Bréfritari: Sigríður Pálsdóttir
Viðtakandi: Páll Pálsson
Dagsetning: A-1868-07-05
Skrifað á: Breiðabólsstað  Rang.
Páll var bróðir Sigríðar

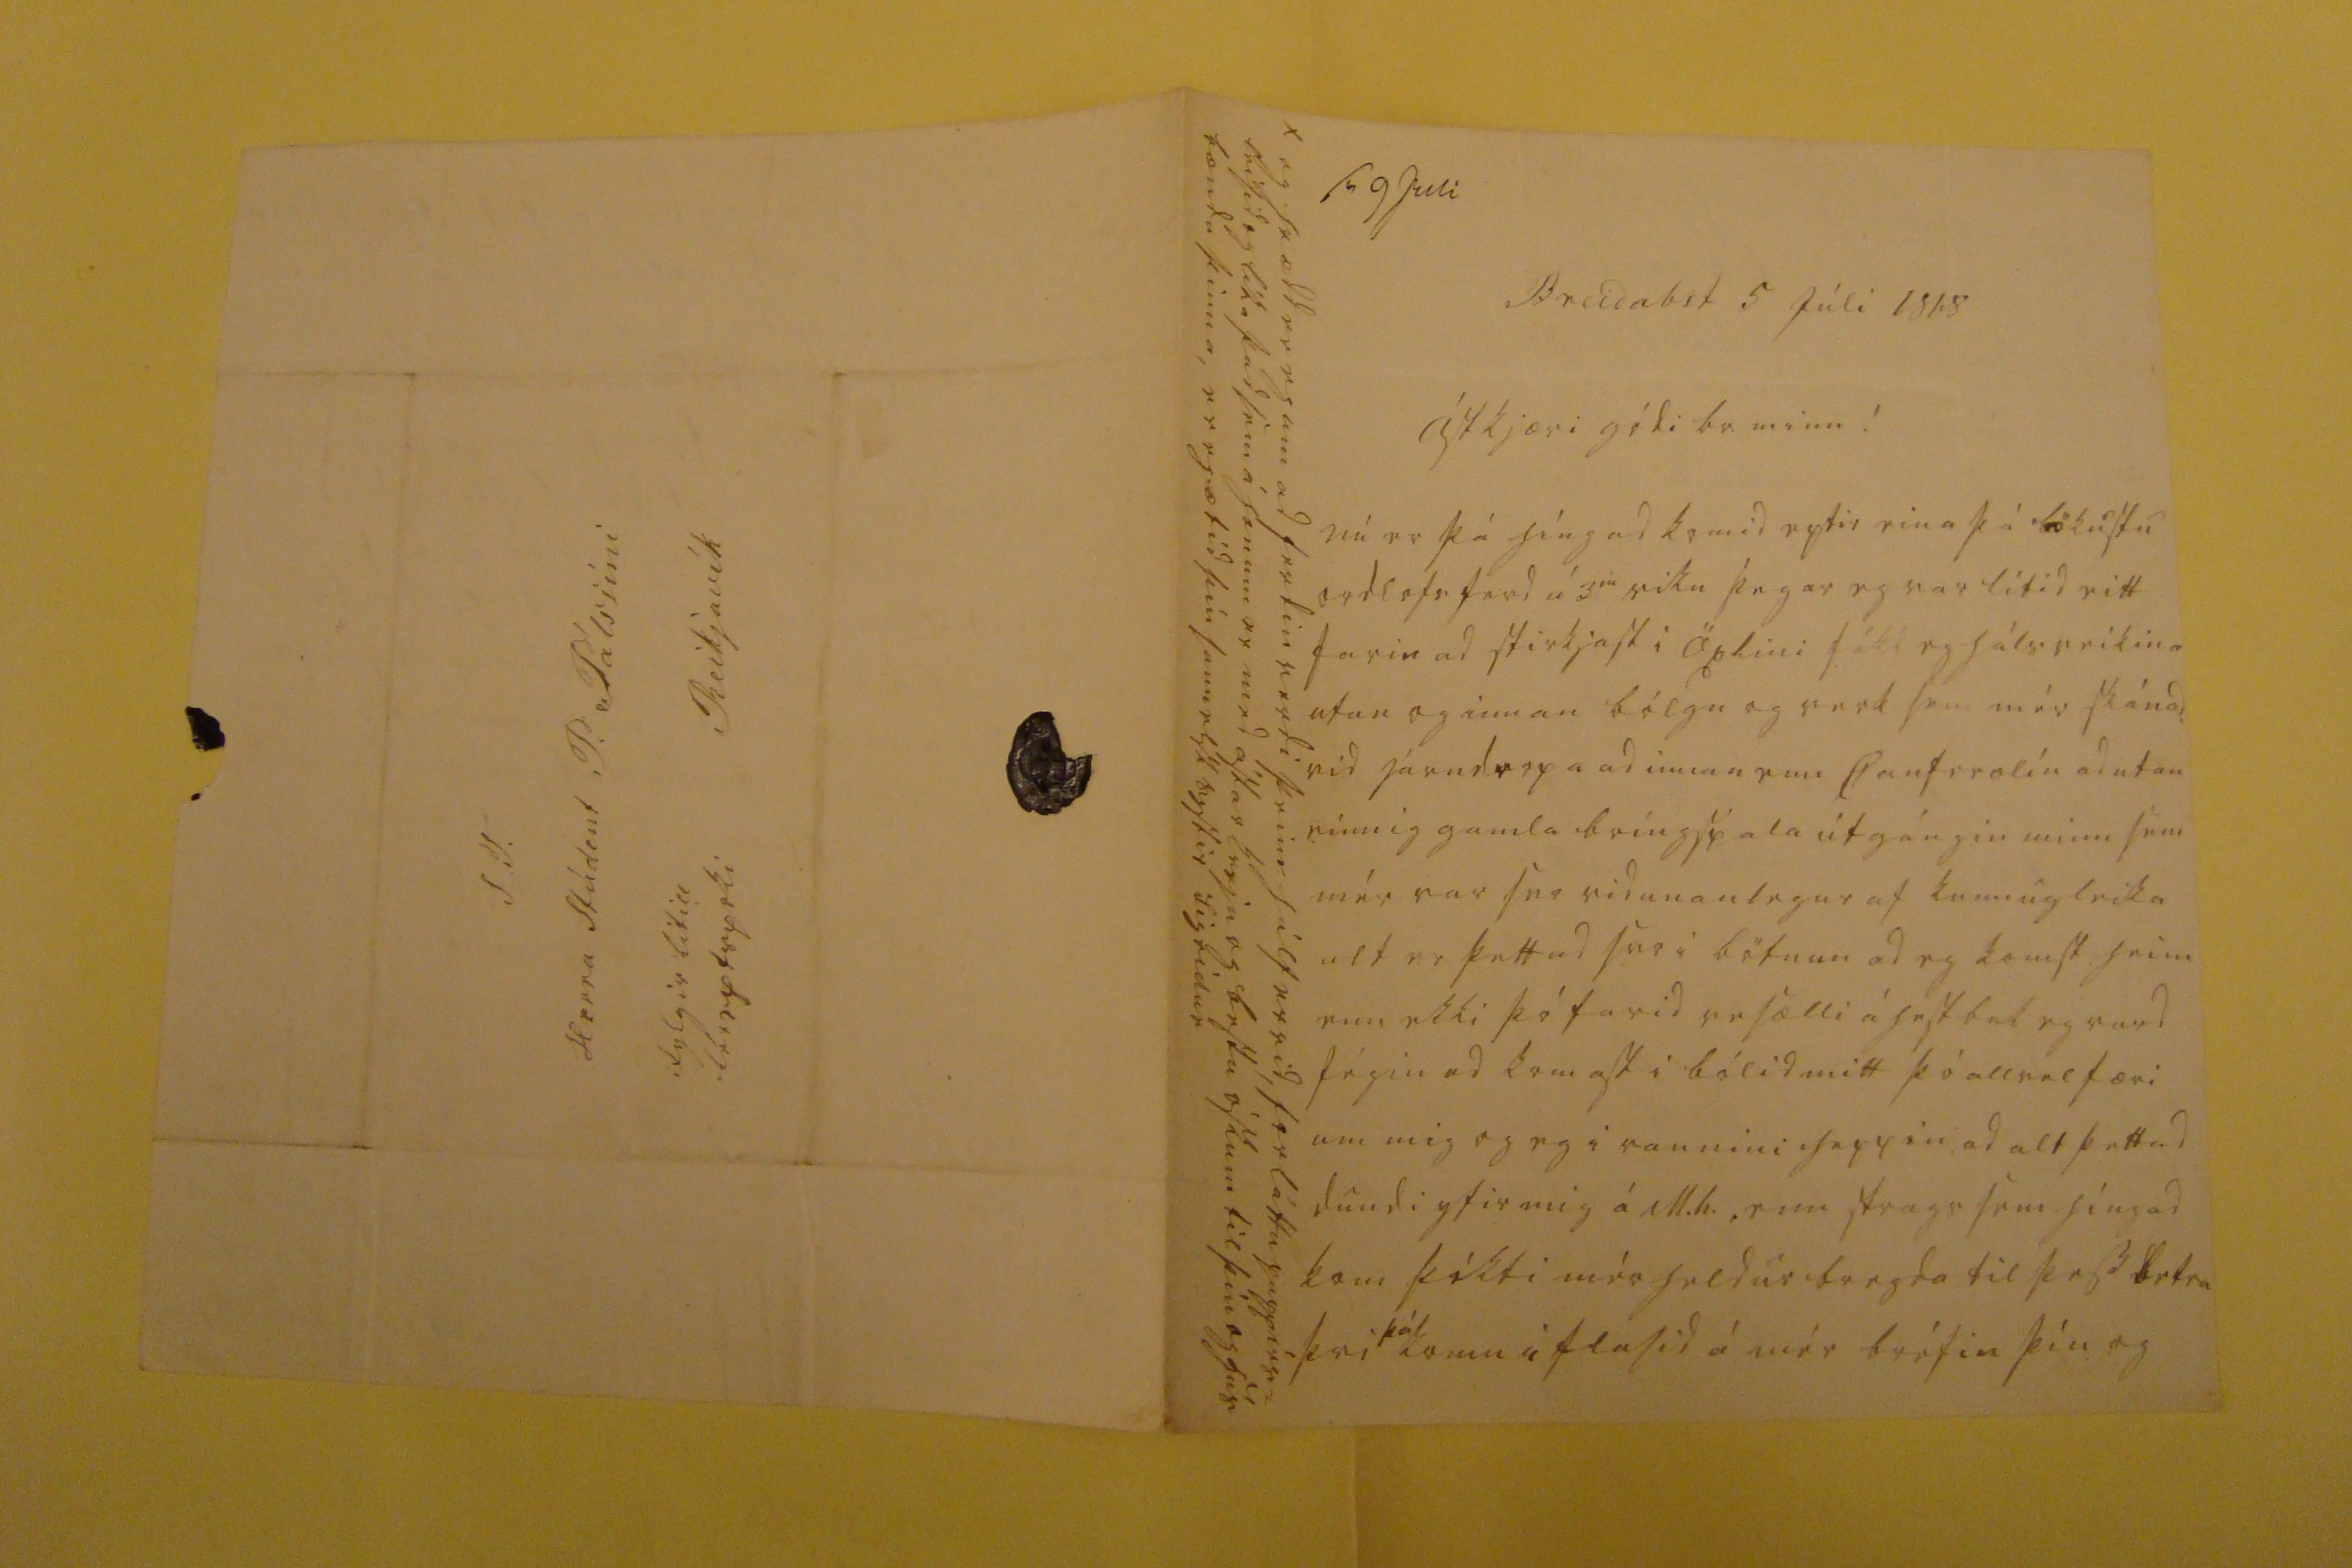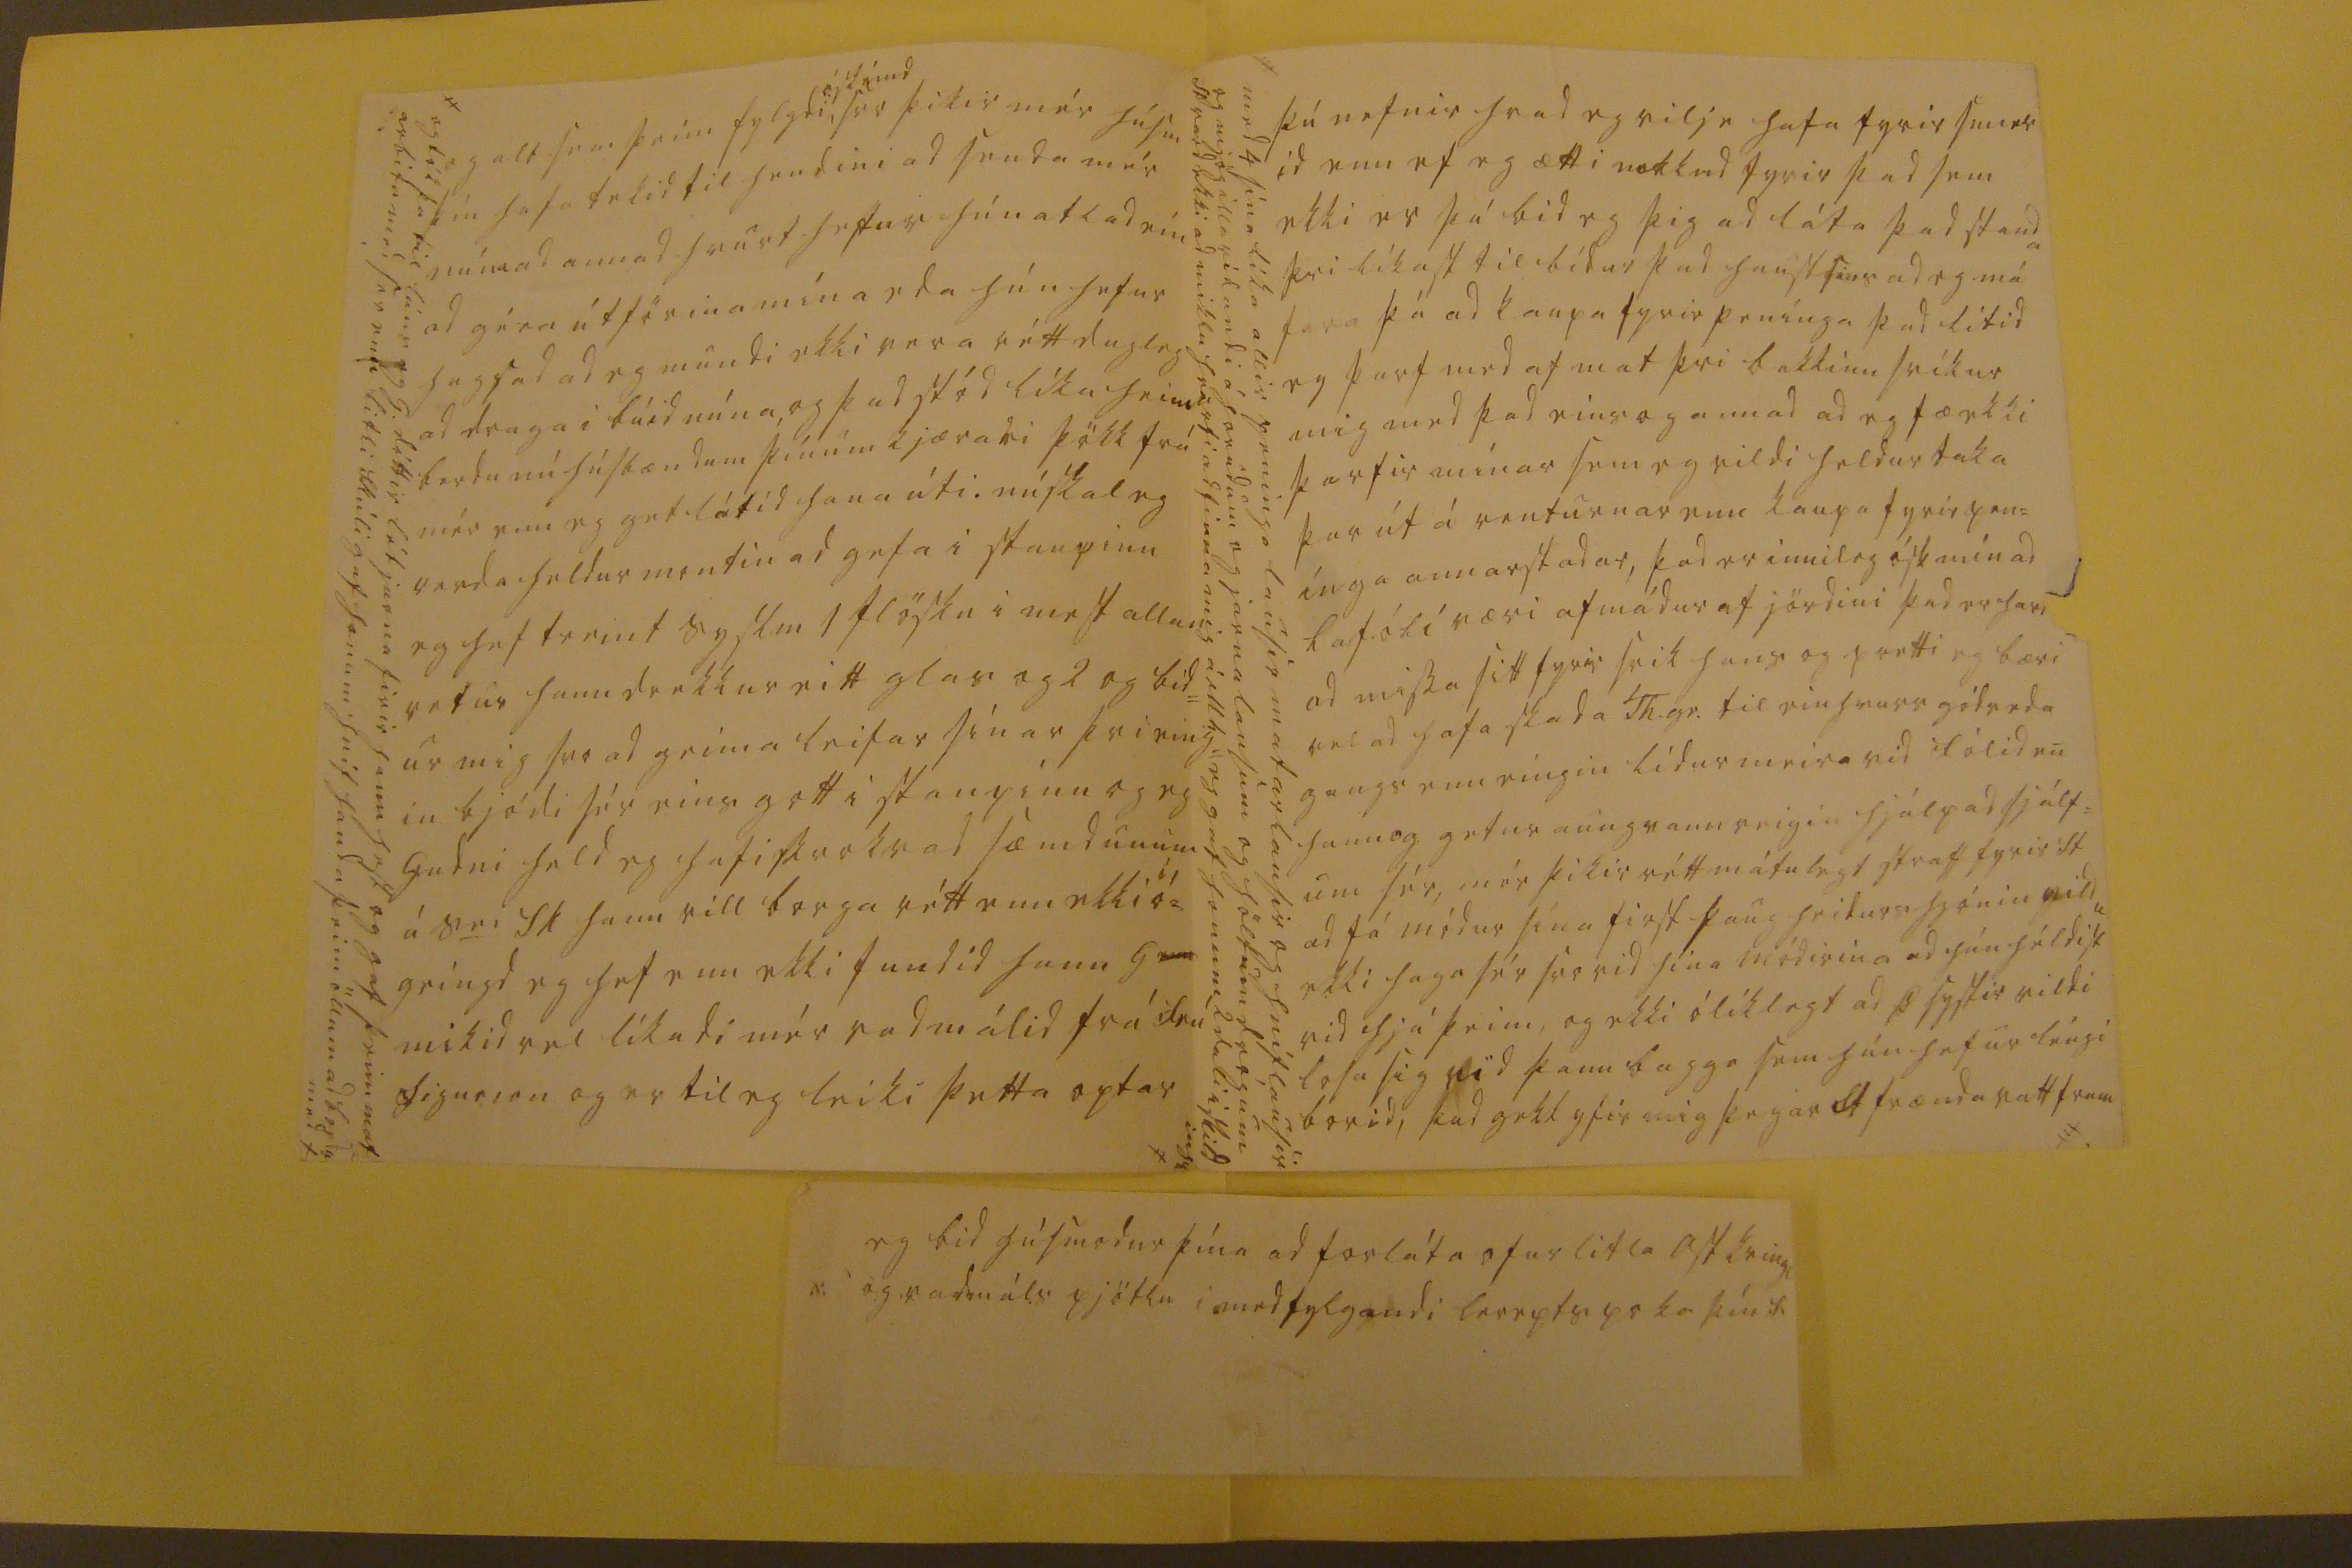

sv 9 Juli
Breidab st 5 Júli 1868
ástkjæri gódi br. minn!
nú er þá híngad komid eptir eina þá lökustu ordlofsferd á 3
iu
viku þegar eg var lítid eitt farin ad stirkjast i Öxlini fékk eg hálsveikina utan og innan bólgu og verk sem mér skánad. vid járndropa ad innan enn Canferolín ad utan einnig gamla bríngspala útgángin minn sem mér var svo vidunanlegur af kunnugleika alt er þettad svo i bötnun ad eg komst heim enn ekki þó farid vesælli á hestbak eg vard fégin ad komast i bólid mitt þó allvel færi um mig og eg i raunini heppin ad alt þettad dundi yfir mig á M.h., enn strags sem híngad kom þókti mér heldur bregda til þess betra því
þá
komu i flasid á mér bréfin þín og
og hrædd er eg um ad ferdin verdi þeim hálfervid, forláttu pappírs= leisid og líka þad sem á honum er med ástar kvedju og bestu óskum til þín og hús bænda þinna, er eg ætíd þín sannelsk systir Sigrídur
og alt sem þeim fylgdi
óskémd
svo þikir mér húsm þín hafa tekid til hendini ad senda mér núna ad annad hvurt hefur hún atlad eín ad géra útförina mína eda hún hefur hugsad ad eg mundi ekki vera rétt dugleg ad draga i búid núna, og þad stód líka heim berdu nú húsbænum þínum kjærari þökk frá mér enn eg get látid hana úti. nú skal eg verda heldur montin ad gefa i staupinu eg hef treint syslm 1 flösku i mest allan vetur hann drekkur eitt glas og 2 og bid= ur mig svo ad geima leifar sínar þvi eing= in bjódi sér eins gott i staupinu og eg Gudni held eg hafi skrokvad sæmdunum á s
er
Sk hann vill borga rétt enn ekki
í
ó= geingd eg hef enn ekki fundid hann G mikid vel líkadi mér vadmálid frá frú Sigurjon og er til eg leiki þetta optar
og tók þá til láns og G. dóttir lét jarna firir hann hest og gaf þeim mat= arbita med ser enn litli Skúli gaf honum hnif handa þeim öllum ad borda med X
þú nefnir hvad eg vilje hafa fyrir smier id enn ef eg ætti nokkud fyrir þad sem ekki er þá bid eg þig ad láta þad standa þvi líkast til bídur þad haustsins ad eg má fara þá ad kaupa fyrir penínga þad litid eg þarf med af mat þvi bakkinn svíkur mig med þad eins og annad ad eg fæ ekki þarfir mínar sem eg vildi heldur taka þar út á renturnar enn kaupa fyrir pen= ínga annarstadar, þad er innileg ósk mín ad Lafóli væri afmádur af jördini þad er
har0
ad missa sitt fyrir svik hans og pretti eg bæri vel ad hafa skada Th.gr. til einhvurs góds eda gangs enn eíngin lídur meira vid fólid en hann og getur aungvann veigin hjálpad sjálf= um sér, mér þikir rétt mátulegt straff fyrir St ad fá módur sína first þaug heidurs hjónin vildu ekki saga hér svo vid hina módurina ad hún héldist vid hjá þeim, og ekki ólíklegt ad Þ systir vildi losa sig vid þann bagga sem hún hefur léng borid, þad gekk yfir mig þegar St frænda vatt fram
med 4 sína líka allir peninga lausir matarlausir og hníflausir og mjög illa rídandi á horudum og jarnalausum og höltum drógum St vard ekki ad miklu hvarfi ad finna mig á M.g. eg gaf honum 2 dali i skild ingu
S.T. Herra Stúdent P. Pálssini Reikjavík fylgir litill léreptspoki
eg bid húsmodur þína ad forláta ofur litla ostkringl og vadmáls pjötlu i medfylgandi lerepts poka þín S.